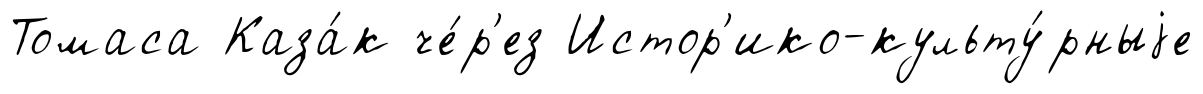
Томаса Каза́к че́р'ез Истор'ико-культу́рныjе